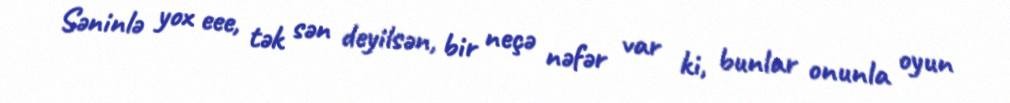
Səninlə yox eee, tək sən deyilsən, bir neçə nəfər var ki, bunlar onunla oyun